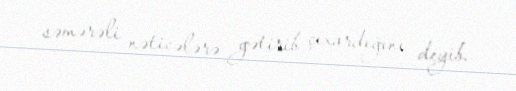
səmərəli nəticələrə gətirib çıxardığını deyib.